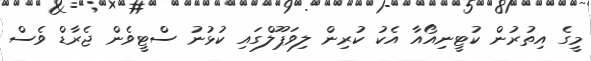
މީގެ އިތުރުން ކުޓީނިއޯއާ އެކު ކުރިން ލިވަޕޫލްގައި ކުޅުނު ސްޓީވެން ޖެރާޑް ވެސް